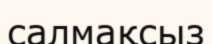
салмақсыз